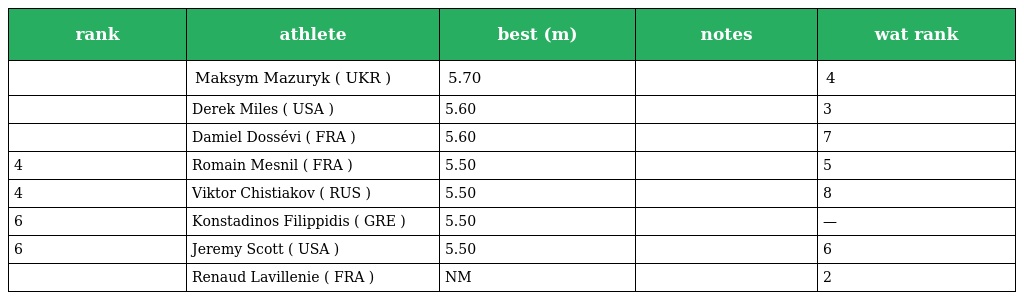
| rank | athlete | best (m) | notes | wat rank |
 | --- | --- | --- | --- | --- |
 |  | Maksym Mazuryk ( UKR ) | 5.70 |  | 4 |
 |  | Derek Miles ( USA ) | 5.60 |  | 3 |
 |  | Damiel Dossévi ( FRA ) | 5.60 |  | 7 |
 | 4 | Romain Mesnil ( FRA ) | 5.50 |  | 5 |
 | 4 | Viktor Chistiakov ( RUS ) | 5.50 |  | 8 |
 | 6 | Konstadinos Filippidis ( GRE ) | 5.50 |  | — |
 | 6 | Jeremy Scott ( USA ) | 5.50 |  | 6 |
 |  | Renaud Lavillenie ( FRA ) | NM |  | 2 |